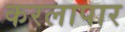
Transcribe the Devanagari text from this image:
करलापार